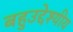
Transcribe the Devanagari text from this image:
बहुउद्देश्‍यीय